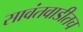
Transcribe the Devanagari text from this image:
सावंतवाडीतच